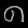
Digit: ၈